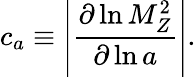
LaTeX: c_{a}\equiv\left|\frac{\partial\ln M_{Z}^{2}}{\partial\ln a}\right|.